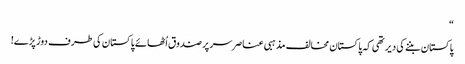
“
پاکستان بننے کی دیر تھی کہ پاکستان مخالف مذہبی عناصر سر پر صندوق اُٹھائے پاکستان کی طرف دوڑ پڑے!